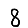
Digit: 8